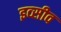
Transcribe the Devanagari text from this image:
इव्सीव